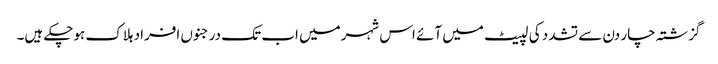
گزشتہ چار دن سے تشدد کی لپیٹ میں آئے اس شہرمیں اب تک درجنوں افراد ہلاک ہوچکے ہیں۔